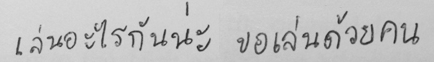
เล่นอะไรกันน่ะ ขอเล่นด้วยคน